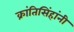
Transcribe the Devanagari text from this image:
क्रांतिसिंहांनी